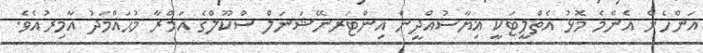
އަންހެން އެންމެ މޮޅު އެތްލީޓަކީ ޣިޔާސުއްދީން އިންޓަރނޭޝަނަލް ސްކޫލްގެ އަމްރާ މުޙައްމަދު އާމިރުއެވެ.